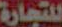
للتجارة